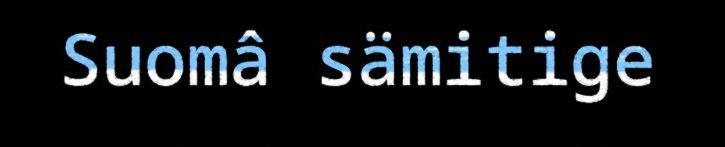
Suomâ sämitige